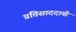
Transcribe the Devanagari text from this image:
प्रतिसाददायी